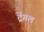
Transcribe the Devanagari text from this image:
ट्रेंगल